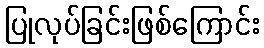
ပြုလုပ်ခြင်းဖြစ်ကြောင်း